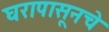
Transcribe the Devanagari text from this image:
घरापासूनचे